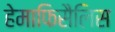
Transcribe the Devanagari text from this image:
हेमाफिसैलिस